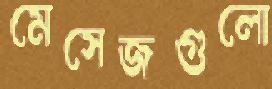
মেসেজগুলো